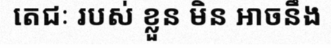
តេជៈ របស់ ខ្លួន មិន អាចនឹង